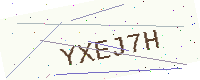
Text: YXEJ7H